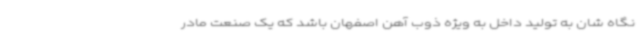
نگاه شان به تولید داخل به ویژه ذوب آهن اصفهان باشد که یک صنعت مادر